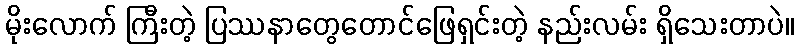
မိုးလောက် ကြီးတဲ့ ပြဿနာတွေတောင်ဖြေရှင်းတဲ့ နည်းလမ်း ရှိသေးတာပဲ။